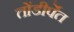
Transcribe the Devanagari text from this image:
तोंडीर्पेत